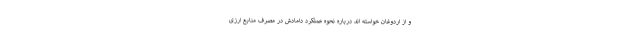
و از اردوغان خواسته اند درباره نحوه عملکرد دامادش در مصرف منابع ارزی